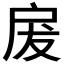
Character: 𭠃